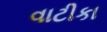
વાટીકા